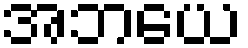
အဘယေ